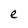
Character: e